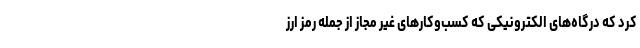
کرد که درگاه‌های الکترونیکی که کسب‌وکارهای غیر مجاز از جمله رمز ارز